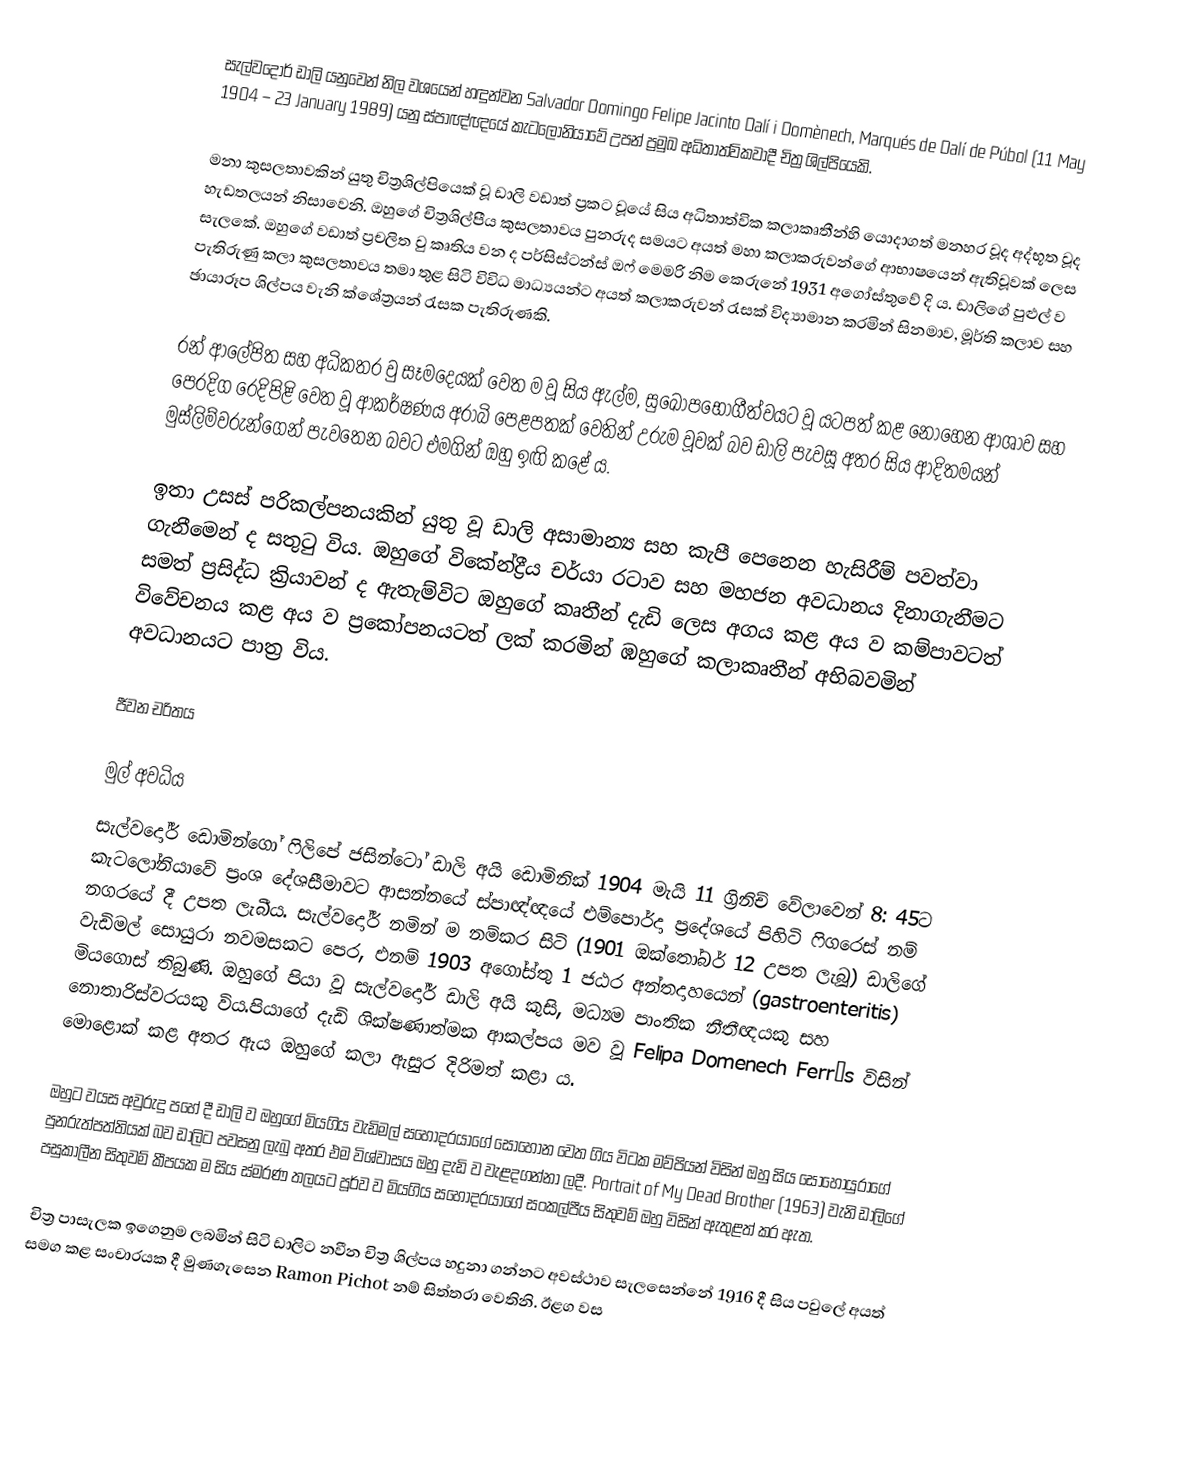
සැල්වදෝර් ඩාලි යනුවෙන් නිල වශයෙන් හඳුන්වන Salvador Domingo Felipe Jacinto Dalí i Domènech, Marqués de Dalí de Púbol (11 May 1904 – 23 January 1989) යනු ස්පාඥ්ඥයේ කැටලෝනියාවේ උපන්  ප්‍රමුඛ අධිතාත්විකවාදී චිත්‍ර ශිල්පියෙකි.

මනා කුසලතාවකින් යුතු චිත්‍රශිල්පියෙක් වූ ඩාලි වඩාත් ප්‍රකට වූයේ සිය අධිතාත්වික කලාකෘතීන්හි යොදාගත් මනහර වූද අද්භූත වූද හැඩතලයන් නිසාවෙනි. ඔහුගේ චිත්‍රශිල්පීය කුසලතාවය පුනරුද සමයට අයත් මහා කලාකරුවන්ගේ ආභාෂයෙන් ඇතිවූවක් ලෙස සැලකේ. ඔහුගේ වඩාත් ප්‍රචලිත වු කෘතිය වන ද පර්සිස්ටන්ස් ඔෆ් මෙමරි නිම කෙරුනේ 1931 අගෝස්තුවේ දි ය.  ඩාලිගේ පුළුල් ව පැතිරුණු කලා කුසලතාවය   තමා තුළ සිටි විවිධ මාධ්‍යයන්ට අයත් කලාකරුවන් රැසක් විද්‍යාමාන කරමින් සිනමාව, මූර්ති කලාව සහ ඡායාරූප ශිල්පය වැනි  ක්ශේත්‍රයන් රැසක පැතිරුණකි.

රන් ආලේපිත සහ අධිකතර වු සෑමදෙයක් වෙත ම වූ සිය ඇල්ම, සුඛෝපභෝගීත්වයට වූ යටපත් කළ නොහෙන ආශාව සහ පෙරදිග රෙදිපිළි වෙත වූ ආකර්ෂණය  අරාබි පෙළපතක් වෙතින් උරුම වූවක් බව ඩාලි පැවසූ අතර සිය ආදිතමයන් මුස්ලිම්වරුන්ගෙන් පැවතෙන බවට එමගින් ඔහු ඉඟි කළේ ය.

ඉතා උසස් පරිකල්පනයකින් යුතු වූ ඩාලි අසාමාන්‍ය සහ කැපී පෙනෙන හැසිරීම් පවත්වා ගැනීමෙන් ද සතුටු විය.  ඔහුගේ විකේන්ද්‍රීය චර්යා රටාව සහ මහජන අවධානය දිනාගැනීමට සමත් ප්‍රසිද්ධ ක්‍රියාවන් ද ඇතැම්විට ඔහුගේ කෘතීන් දැඩි ලෙස අගය කළ අය ව කම්පාවටත් විවේචනය කළ අය ව ප්‍රකෝපනයටත් ලක් කරමින් ඹහුගේ කලාකෘතීන් අභිබවමින් අවධානයට පාත්‍ර විය.

ජීවන චරිතය

මුල් අවධිය
සැල්වදෝර් ඩොමින්ගෝ ෆිලිපේ ජසින්ටෝ ඩාලි අයි ඩොමිනික් 1904 මැයි 11 ග්‍රිනිච් වේලාවෙන් 8: 45ට කැටලෝනියාවේ ප්‍රංශ දේශසීමාවට ආසන්නයේ ස්පාඥ්ඥයේ එම්පොර්දා ප්‍රදේශයේ පිහිටි ෆිගරෙස් නම් නගරයේ  දී  උපත ලැබීය. සැල්වදෝර් නමින් ම නම්කර සිටි (1901 ඔක්තෝබර් 12 උපත ලැබූ) ඩාලිගේ වැඩිමල් සොයුරා නවමසකට පෙර, එනම් 1903 අගෝස්තු 1 ජඨර අන්තදාහයෙන් (gastroenteritis) මියගොස් තිබුණි. ඔහුගේ පියා වූ සැල්වදෝර් ඩාලි අයි කුසි, මධ්‍යම පාංතික නීතීඥයකු සහ නොතාරිස්වරයකු විය.පියාගේ දැඩි ශික්ෂණාත්මක ආකල්පය මව වූ  Felipa Domenech Ferrés විසින් මොළොක් කළ අතර ඇය ඔහුගේ කලා ඇසුර දිරිමත් කළා ය.

ඔහුට වයස අවුරුදු පහේ දී ඩාලි ව ඔහුගේ මියගිය වැඩිමල් සහෝදරයාගේ සොහොන වෙත ගිය විටක මව්පියන් විසින් ඔහු සිය සොහොයුරාගේ පුනරුත්පත්තියක් බව ඩාලිට පවසනු ලැබු අතර  එම විශ්වාසය ඔහු දැඩි ව වැළදගන්නා ලදී.  Portrait of My Dead Brother (1963) වැනි ඩාලිගේ පසුකාලීන සිතුවම් කීපයක ම සිය ස්මරණ තලයට පූර්ව ව මියගිය සහෝදරයාගේ සංකල්පීය සිතුවම් ඔහු විසින් ඇතුළත් කර ඇත.

චිත්‍ර පාසැලක ඉගෙනුම ලබමින් සිටි ඩාලිට නවීන චිත්‍ර ශිල්පය හදුනා ගන්නට අවස්ථාව සැලසෙන්නේ 1916 දී සිය පවුලේ අයත් සමග කළ සංචාරයක දී මුණගැසෙන Ramon Pichot නම් සිත්තරා වෙතිනි. ඊළග වස